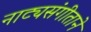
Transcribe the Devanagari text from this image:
नाट्यसंगीताने